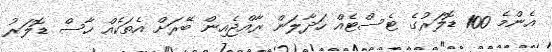
އެންމެ 100 ޑޮލަރުގެ ޓެސްޓެއް ހަދާލަން ރާއްޖެއިން ބޭރަށް އެތަކެއް ހާސް ޑޮލަރު